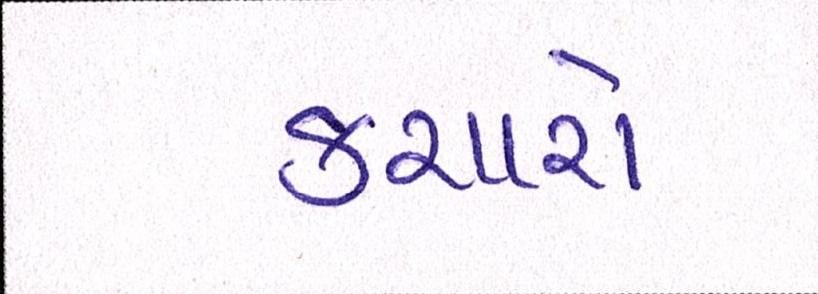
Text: કચારો